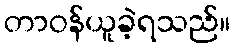
တာဝန်ယူခဲ့ရသည်။